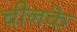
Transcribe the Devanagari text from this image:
चीनके